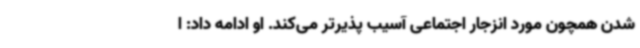
شدن همچون مورد انزجار اجتماعی آسیب پذیرتر می‌کند. او ادامه داد: ا